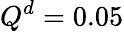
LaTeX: Q^{d}=0.05